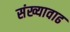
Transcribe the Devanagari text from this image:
संख्यावाढ